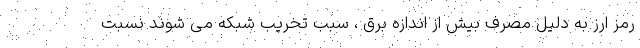
رمز ارز به دلیل مصرف بیش از اندازه برق ، سبب تخریب شبکه می شوند نسبت